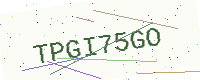
Text: TPGI75GO